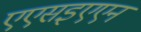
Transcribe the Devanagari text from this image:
एएसइएएन